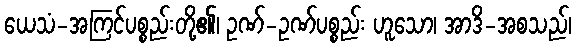
ယေသံ-အကြင်ပစ္စည်းတို့၏၊ ဥဏ်-ဥဏ်ပစ္စည်း ဟူသော၊ အာဒိ-အစသည်၊